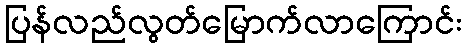
ပြန်လည်လွတ်မြောက်လာကြောင်း